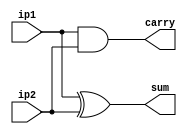
`timescale 1ns / 1ps
module ha_gl(ip1,ip2,sum,carry);
input ip1,ip2;
output sum,carry;
and a1(carry,ip1,ip2);
xor x1(sum,ip1,ip2);
endmodule